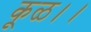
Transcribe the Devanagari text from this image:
कूळ।।